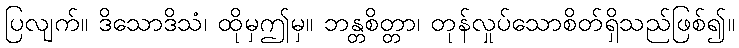
ပြလျက်။ ဒိသောဒိသံ၊ ထိုမှဤမှ။ ဘန္တစိတ္တာ၊ တုန်လှုပ်သောစိတ်ရှိသည်ဖြစ်၍။